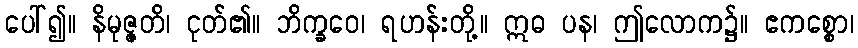
ပေါ်၍။ နိမုဇ္ဇတိ၊ ငုတ်၏။ ဘိက္ခဝေ၊ ရဟန်းတို့။ ဣဓ ပန၊ ဤလောက၌။ ဧကစ္စော၊